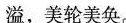
溢，美轮美奂。